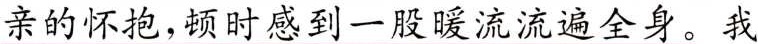
亲的怀抱，顿时感到一股暖流流遍全身。我